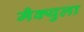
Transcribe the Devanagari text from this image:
मैक्युला